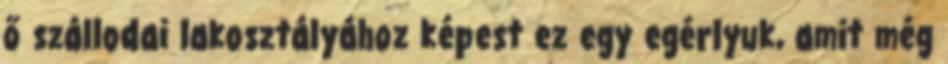
ő szállodai lakosztályához képest ez egy egérlyuk, amit még